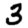
Digit: 3